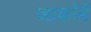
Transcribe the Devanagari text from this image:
जाकोबें